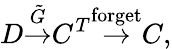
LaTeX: D{\stackrel{\tilde{G}}{\to}}C^{T}{\stackrel{\mathrm{forget}}{\to}}C,